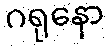
ဂရုနော